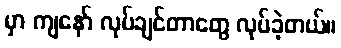
မှာ ကျနော် လုပ်ချင်တာတွေ လုပ်ခဲ့တယ်။